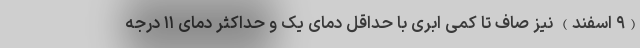
(۹ اسفند) نیز صاف تا کمی ابری با حداقل دمای یک و حداکثر دمای ۱۱ درجه